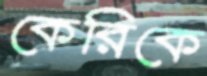
কেরিকে